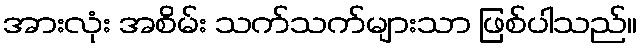
အားလုံး အစိမ်း သက်သက်များသာ ဖြစ်ပါသည်။